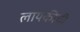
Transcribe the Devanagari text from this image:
लायकीची